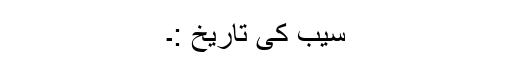
سیب کی تاریخ :۔